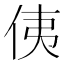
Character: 侇